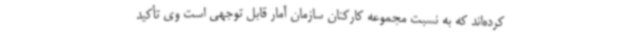
کرده‌اند که به نسبت مجموعه کارکنان سازمان آمار قابل توجهی است وی تأکید